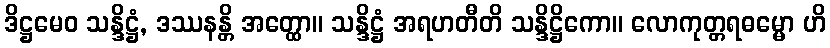
ဒိဋ္ဌမေဝ သန္ဒိဋ္ဌံ, ဒဿနန္တိ အတ္ထော။ သန္ဒိဋ္ဌံ အရဟတီတိ သန္ဒိဋ္ဌိကော။ လောကုတ္တရဓမ္မော ဟိ